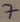
Text: 7